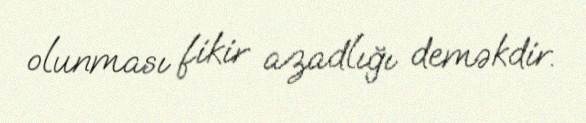
olunması fikir azadlığı deməkdir.